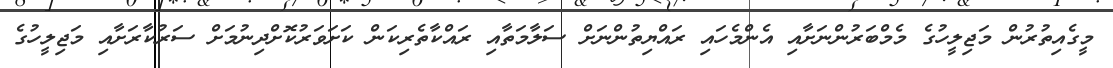
މީގެއިތުރުން މަޖިލީހުގެ މެމްބަރުންނަށާއި އެންމެހައި ރައްޔިތުންނަށް ސަލާމަތާއި ރައްކާތެރިކަން ކަށަވަރުކޮށްދިނުމަށް ސަރުކާރަށާއި މަޖިލީހުގެ